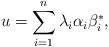
LaTeX: \begin{align*} u = \sum_{i=1}^n \lambda_i \alpha_i \beta_i^*,\end{align*}